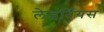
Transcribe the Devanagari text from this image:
लेइर्तिंयस